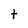
Character: t